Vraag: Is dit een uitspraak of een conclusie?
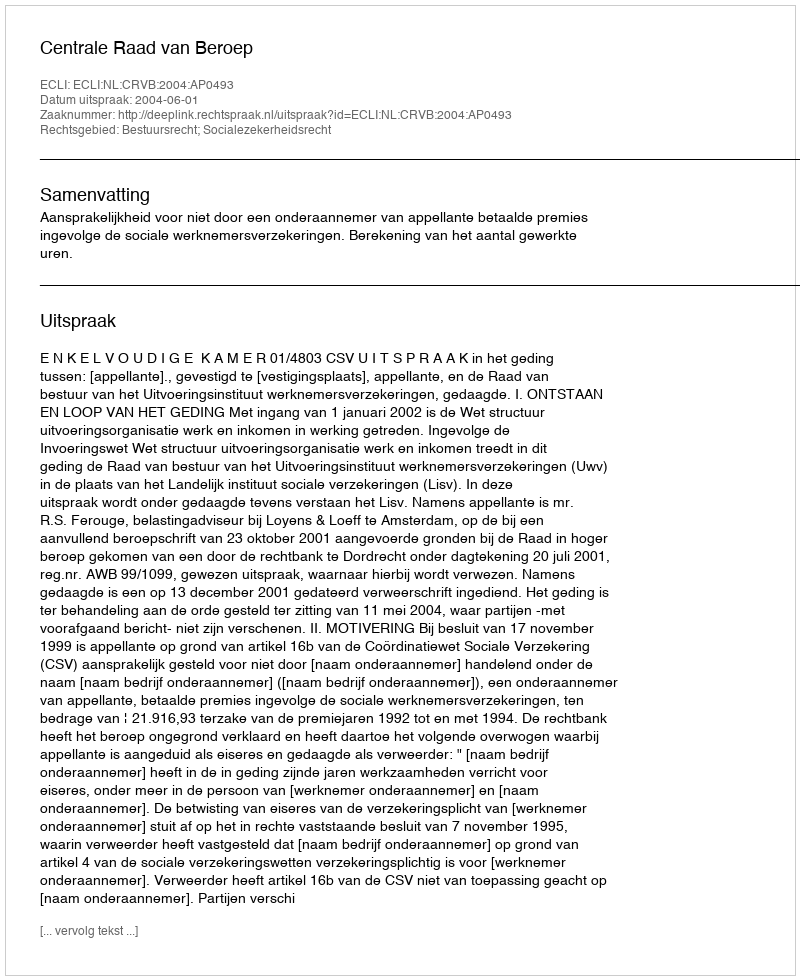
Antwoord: Uitspraak